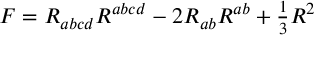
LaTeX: F = R _ { a b c d } R ^ { a b c d } - 2 R _ { a b } R ^ { a b } + { \textstyle { \frac { 1 } { 3 } } } R ^ { 2 }